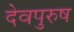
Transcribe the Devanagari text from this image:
देवपुरुष